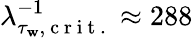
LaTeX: \lambda_{\tau_{\mathbf{w}},\mathrm{{~c~r~i~t~.~}}}^{-1}\approx288